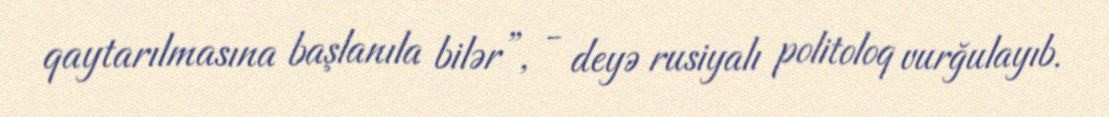
qaytarılmasına başlanıla bilər”, - deyə rusiyalı politoloq vurğulayıb.